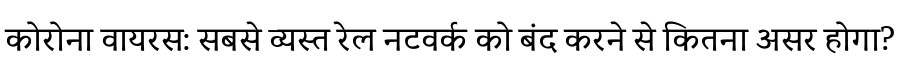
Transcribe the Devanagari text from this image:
कोरोना वायरस: सबसे व्यस्त रेल नटवर्क को बंद करने से कितना असर होगा?